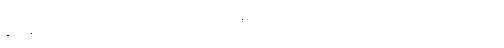
နဝါနဝါသဒ္ဒါက ရံခါ မပြုဟု ဆိုသောကြောင့် ဘာမှ မပြုဘဲ စတုဒ္ဒသဟုလည်း